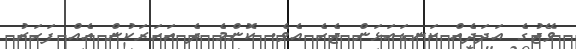
ވޭޖުގެ އަދަދެއް ކަނޑައަޅަން ޖެހެ އެވެ. ކޮންމެ ދެ އަހަރަކުން އެއް ފަހަރު